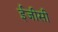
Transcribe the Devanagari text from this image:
ईजीसी